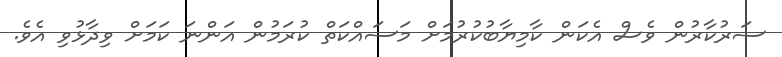
ސަރުކާރުން ވެސް އެކަން ކާމިޔާބުކުރުމަށް މަސައްކަތް ކުރަމުން އަންނަ ކަމަށް ވިދާޅުވި އެވެ.